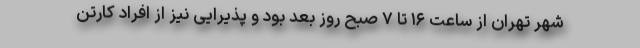
شهر تهران از ساعت ۱۶ تا ۷ صبح روز بعد بود و پذیرایی نیز از افراد کارتن